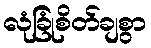
လုံခြုံစိတ်ချစွာ